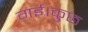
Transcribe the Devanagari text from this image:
गई।कुछ